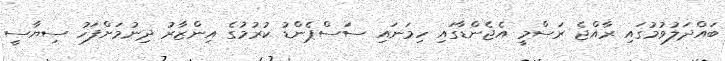
ބައްދަލުވުމުގައި ރާއްޖެ ރަސްމީ އެޖެންޑާގައި ހިމަނައި ސަސްޕެންޑު ކުރުމުގެ އިންޒާރު ދިނުމަށްފަހު ސިޔާސީ